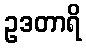
ဥဒတာရိ